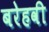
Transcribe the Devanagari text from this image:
बरेहवी